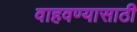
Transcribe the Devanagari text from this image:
वाहवण्यासाठी